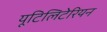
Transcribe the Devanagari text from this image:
यूटिलिटेरियन